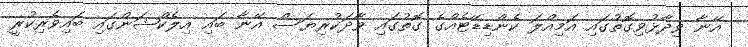
އޭނާ ވިދާޅުވިގޮތުގައި އަމިއްލަ ކެންޑިޑޭޓެއްގެ ގޮތުގައި ވާދަކުރިޔަސް އޭނާ ބައި އިލެކްޝަންގައި ބަައިވެރިކުރީ